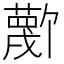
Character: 𫉼